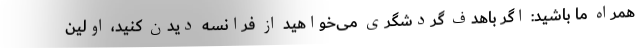
همراه ما باشید: اگر باهدف گردشگری می‌خواهید از فرانسه دیدن کنید، اولین